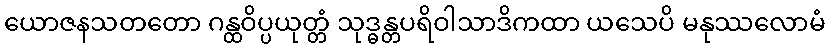
ယောဇနသတတော ဂန္ထဝိပ္ပယုတ္တံ သုဒ္ဓန္တပရိဝါသာဒိကထာ ယသေပိ မနုဿလောမံ